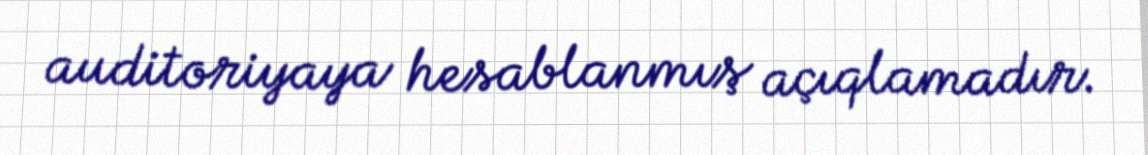
auditoriyaya hesablanmış açıqlamadır.